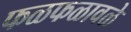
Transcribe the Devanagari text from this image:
फळफळावळे